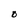
Character: O